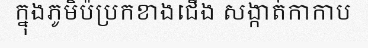
ក្នុងភូមិប៉ប្រកខាងជើង សង្កាត់កាកាប